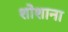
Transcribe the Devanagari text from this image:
शोशाना